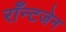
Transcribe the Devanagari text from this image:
राँन्टजेन